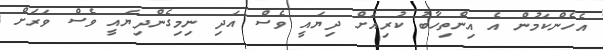
އެހެންކަމުން އެ އިންތިހާބު ކުރިއަށް ދިޔައީ ވެސް އަދި ނިމިގެންދިޔައީ ވެސް ވަރަށް